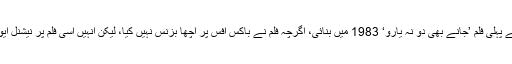
کندن شاہ نے پہلی فلم ’جانے بھی دو نہ یارو‘ 1983 میں بنائی، اگرچہ فلم نے باکس آفس پر اچھا بزنس نہیں کیا، لیکن انہیں اسی فلم پر نیشنل ایوارڈ دیا گیا۔